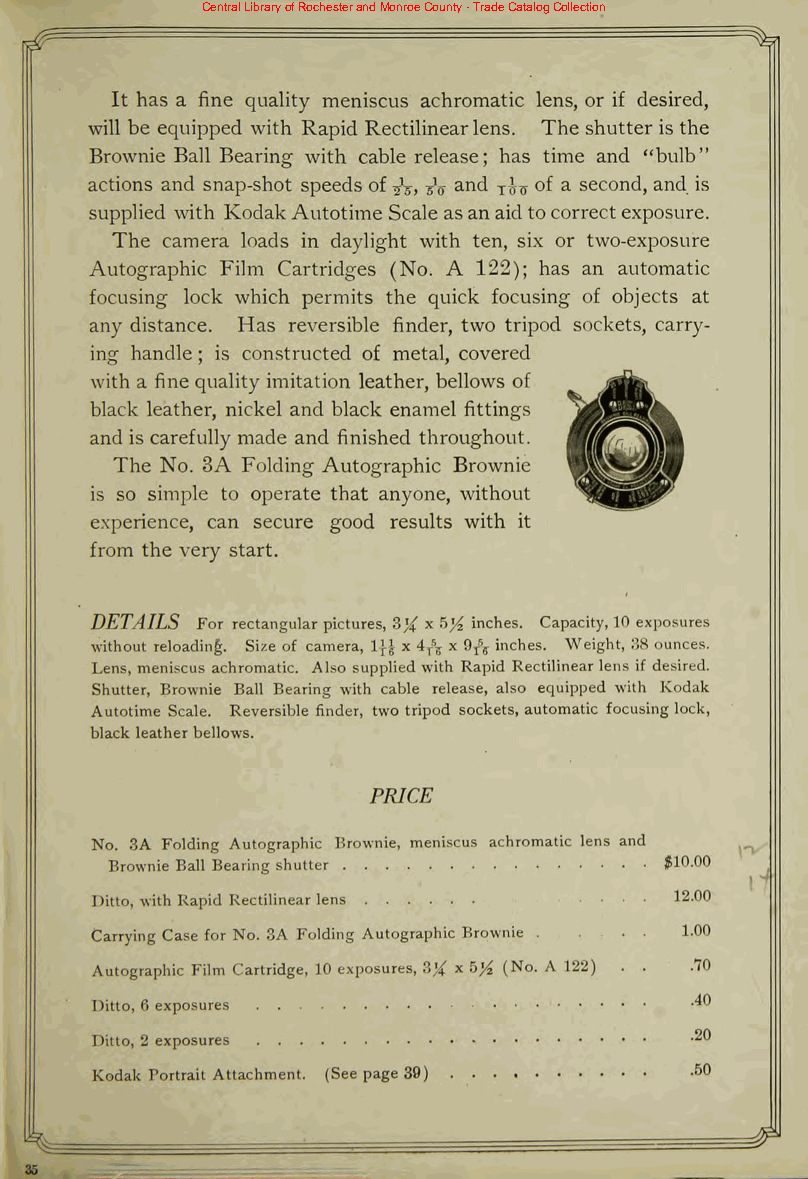
Central Library of Rochester and Monroe County - Trade Catalog Collection
 It has a fine quality meniscus achromatic lens, or if desired,
 will be equipped with Rapid Rectilinearlens. The shutter is the
 Brownie Ball Bearing with cable release; has time and "bulb"
 actions and snap-shot speeds of fa, fa and j^ of a second, and is
 supplied with KodakAutotime Scale asanaid tocorrectexposure.
 The camera loads in daylight with ten, six or two-exposure
 Autographic Film Cartridges (No. A 122); has an automatic
 focusing lock which permits the quick focusing of objects at
 any distance. Has reversible finder, two tripod sockets, carry
 ing handle ; is constructed of metal, covered
 with a fine quality imitation leather, bellows of
 black leather, nickel and black enamel fittings
 and is carefully made and finished throughout.
 The No. 3A Folding Autographic Brownie
 is so simple to operate that anyone, without
 experience, can secure good results with it
 from the very start.
 DETAILS For rectangularpictures, 3% x h]4 inches. Capacity,10 exposures
 without reloading. Size of camera, 1\\ x 4f\ x 9T\ inches. Weight, 38 ounces.
 Lens, meniscus achromatic. Also supplied with Rapid Rectilinearlens if desired.
 Shutter, Brownie Ball Bearing with cable release, also equipped with Kodak
 Autotime Scale. Reversible finder, two tripod sockets, automatic focusing lock,
 black leatherbellows.
 PRICE
 No. 3A Folding Autographic Brownie, meniscus achromatic lens and
 Brownie Ball Bearing shutter         $10.00
 Ditto, with Rapid Rectilinearlens .... 12.00
 Carrying Case for No. 3A Folding Autographic Brownie . . . LOO
 Autographic Film Cartridge, 10 exposures, 3% x h% (No. A 122) . . .70
 Ditto, 6 exposures                      -40
 Ditto, 2 exposures                      -20
 Kodak Portrait Attachment. (See page 39) -60